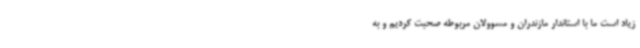
زیاد است ما با استاندار مازندران و مسوولان مربوطه صحبت کردیم و به